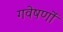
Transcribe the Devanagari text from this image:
गवेषणों